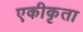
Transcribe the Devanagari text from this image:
एकीकृता